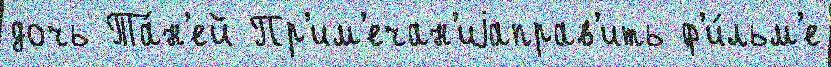
дочь Та́н'ей Пр'им'ечан'иjаправ'ить ф'и́льм'е